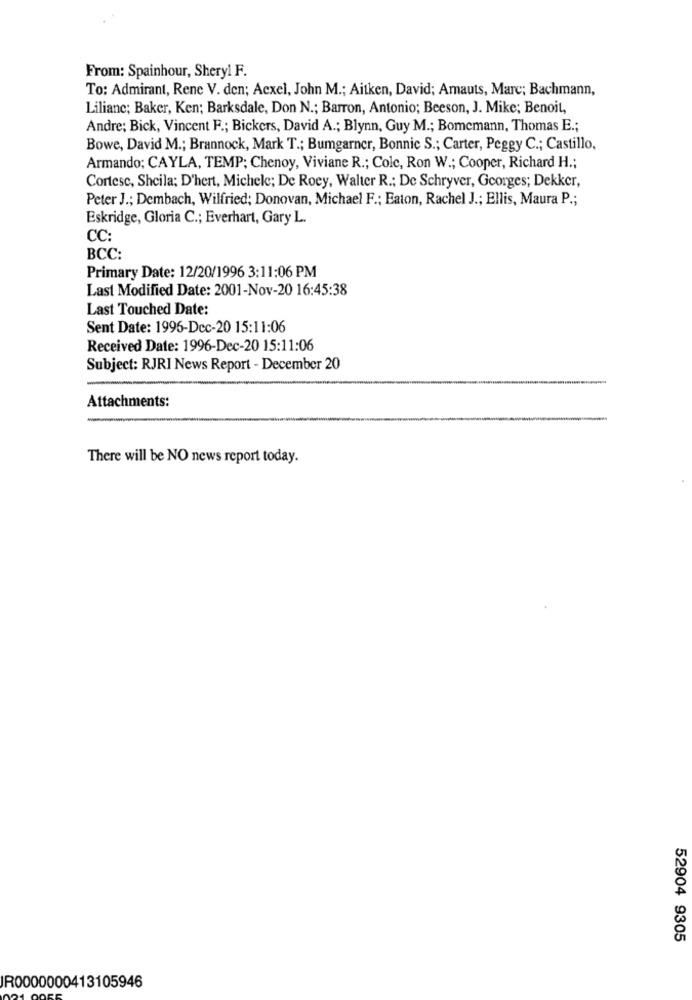
From: Spainhour, Sheryl F.
To: Admirant, Rene V. den; Acxel, John M .; Aitken, David; Amauts, Marc; Bachmann,
Liliane; Baker, Ken; Barksdale, Don N .; Barron, Antonio; Beeson, J. Mike; Benoit,
Andre; Bick, Vincent F .; Bickers, David A .; Blynn, Guy M .; Bomemann, Thomas E .;
Bowe, David M .; Brannock, Mark T .; Bumgarner, Bonnic S .; Carter, Peggy C .; Castillo,
Armando; CAYLA, TEMP; Chenoy, Viviane R .; Cole, Ron W .; Cooper, Richard H .;
Cortesc, Sheila; D'hert, Michele; De Roey, Walter R .; De Schryver, Georges; Dekker,
Peter J .; Dembach, Wilfried; Donovan, Michael F .; Eaton, Rachel J .; Ellis, Maura P .;
Eskridge, Gloria C .; Everhart, Gary L.
CC:
BCC:
Primary Date: 12/20/1996 3:11:06 PM
Last Modified Date: 2001-Nov-20 16:45:38
Last Touched Date:
Sent Date: 1996-Dcc-20 15:11:06
Received Date: 1996-Dec-20 15:11:06
Subject: RJRI News Report - December 20
Attachments:
There will be NO news report today.
52904 9305
IR0000000413105946